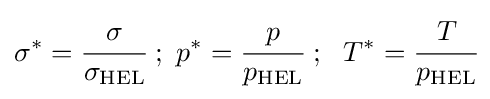
\sigma ^{*}={\cfrac {\sigma }{\sigma _{\rm {HEL}}}}~;~p^{*}={\cfrac {p}{p_{\rm {HEL}}}}~;~~T^{*}={\cfrac {T}{p_{\rm {HEL}}}}